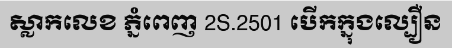
ស្លាកលេខ ភ្នំពេញ 2S.2501 បើកក្នុងល្បឿន